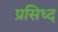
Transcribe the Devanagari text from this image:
प्रसिध्‍द